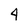
Character: 4